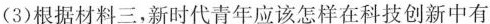
(3)根据材料三，新时代青年应该怎样在科技创新中有